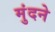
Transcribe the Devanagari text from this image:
मुंदने